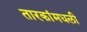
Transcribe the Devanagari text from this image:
तारकांमधली